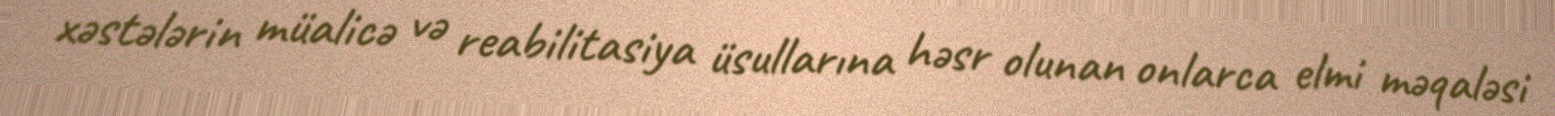
xəstələrin müalicə və reabilitasiya üsullarına həsr olunan onlarca elmi məqaləsi